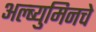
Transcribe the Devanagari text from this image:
अल्ब्युमिनचे